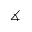
\measuredangle